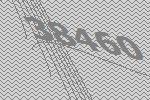
38460